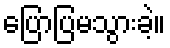
ပြောပြမသွားခဲ့။